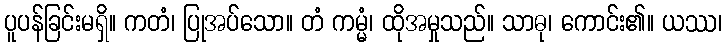
ပူပန်ခြင်းမရှိ။ ကတံ၊ ပြုအပ်သော။ တံ ကမ္မံ၊ ထိုအမှုသည်။ သာဓု၊ ကောင်း၏။ ယဿ၊